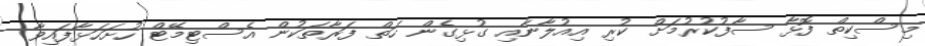
މިސްކިތް ފޮޅާ ސާފުކުރުމަށް ކުރި އިއުލާނާއި ގުޅިގެން ހަތް ފަރާތަކުން އެސްޓިމޭޓް ހުށަހަޅާފައިވާ